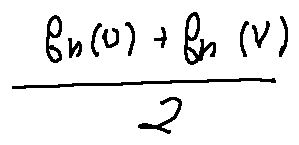
\frac { f _ { n } ( u ) + f _ { n } ( v ) } { 2 }